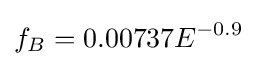
f_{B}=0.00737E^{-0.9}\;